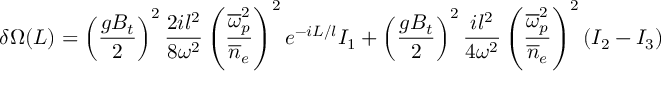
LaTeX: \delta \Omega ( L ) = \left( { \frac { g B _ { t } } { 2 } } \right) ^ { 2 } { \frac { 2 i l ^ { 2 } } { 8 \omega ^ { 2 } } } \left( { \frac { \overline { { \omega } } _ { p } ^ { 2 } } { \overline { { n } } _ { e } } } \right) ^ { 2 } e ^ { - i L / l } I _ { 1 } + \left( { \frac { g B _ { t } } { 2 } } \right) ^ { 2 } { \frac { i l ^ { 2 } } { 4 \omega ^ { 2 } } } \left( { \frac { \overline { { \omega } } _ { p } ^ { 2 } } { \overline { { n } } _ { e } } } \right) ^ { 2 } ( I _ { 2 } - I _ { 3 } )